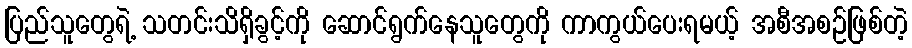
ပြည်သူတွေရဲ့ သတင်းသိရှိခွင့်ကို ဆောင်ရွက်နေသူတွေကို ကာကွယ်ပေးရမယ့် အစီအစဉ်ဖြစ်တဲ့